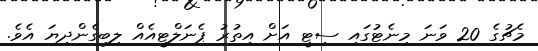
މެޗުގެ 20 ވަނަ މިނެޓުގައި ސިޓީ އަށް އިތުރު ޕެނަލްޓީއެއް ލިބިގެންދިޔަ އެވެ.